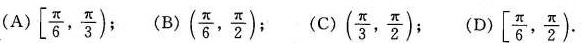
(A)[ $$\left[ \frac{\pi}{6}, \frac{\pi}{3})$$ (B) $$(\frac{\pi}{6}, \frac{\pi}{2})$$ (C)( $$(\frac{\pi}{3}, \frac{\pi}{2})$$ (D)[ $$\left[ \frac{\pi}{6}, \frac{\pi}{2})$$